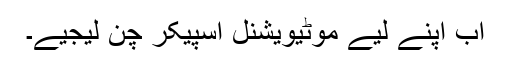
اب اپنے لیے موٹیویشنل اسپیکر چن لیجیے۔